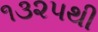
૧૩૨૫થી